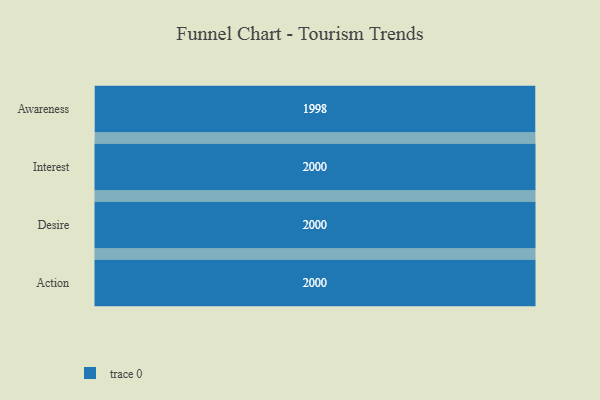
{"axis": {"x": "Stage", "y": "Value"}, "legend": [""], "data": [{"x": "Awareness", "y": 1998.0, "type": ""}, {"x": "Interest", "y": 2000, "type": ""}, {"x": "Desire", "y": 2000, "type": ""}, {"x": "Action", "y": 2000, "type": ""}]}